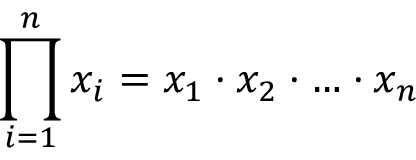
\prod _ { i = 1 } ^ { n } x _ { i } = x _ { 1 } \cdot x _ { 2 } \cdot \ldots \cdot x _ { n }